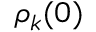
\rho _ { k } ( 0 )